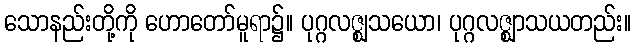
သောနည်းတို့ကို ဟောတော်မူရာ၌။ ပုဂ္ဂလဇ္ဈသယော၊ ပုဂ္ဂလဇ္ဈာသယတည်း။